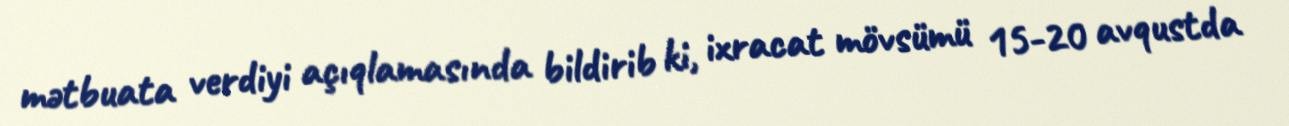
mətbuata verdiyi açıqlamasında bildirib ki, ixracat mövsümü 15-20 avqustda